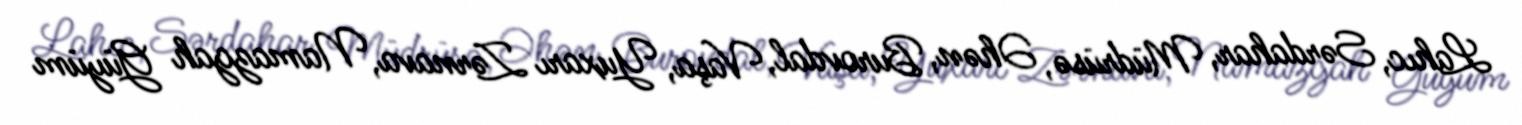
Lahıc, Sərdahar, Müdrüsə, Əhən, Burovdal, Vaşa, Yuxarı Zərnava, Namazgah Güyüm